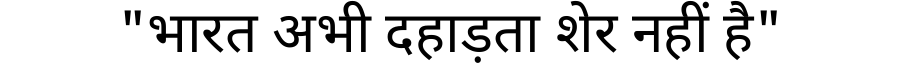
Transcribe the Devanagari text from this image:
"भारत अभी दहाड़ता शेर नहीं है"